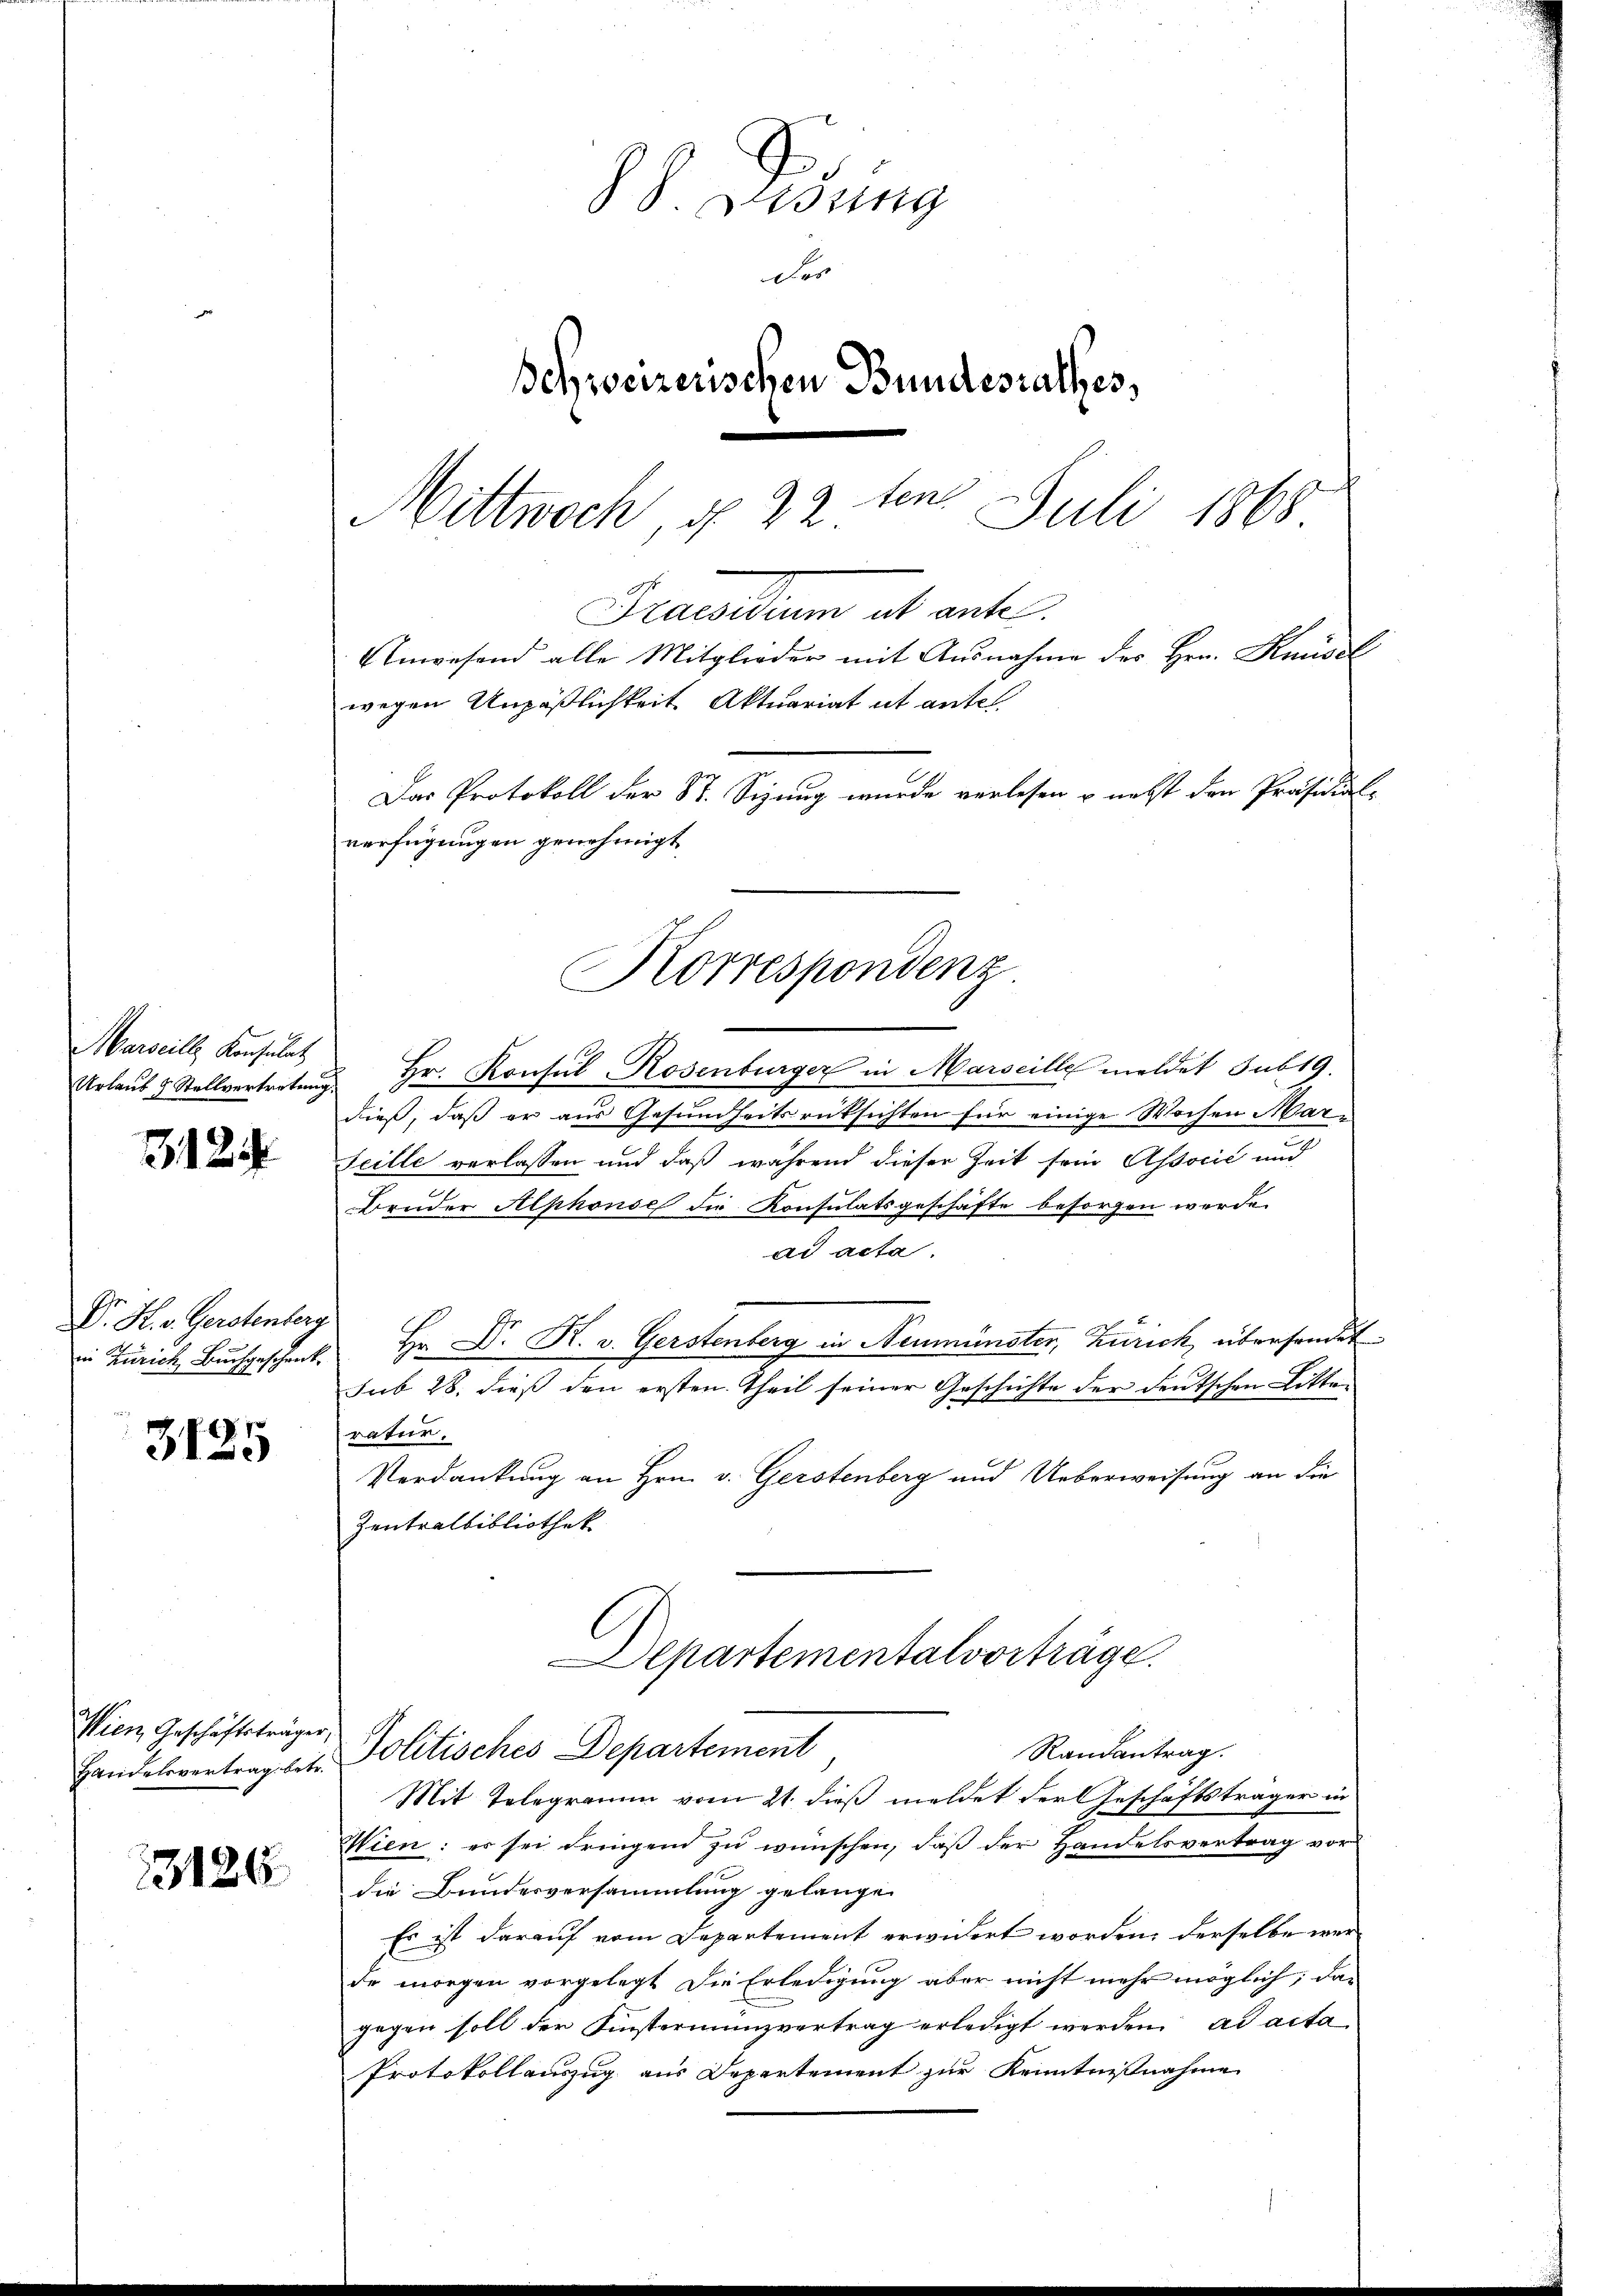
Marseill, Konsulat

3124

V. H. v. Gerstenberg

3125

Wien Geschäftsträger,

13126

G. Gesung
der
Schweizerischen Bundesrathes,
4
2 Juli 1868
Mittwoch, d. 22.

Das Protokoll der St. Sizung wurde verlesen u. nebst den Präsidial-
verfügungen genehmigt
Korrespondenz.

wegen Unpäßlichkeit Aktuariat et antel

Urlaŭb & Stellvertretung Hr. Konsŭl-Rosenburger in Marseille meldet sub 19.
dieß, daß er aus Gesundheitsrücksichten für einige Wochen Mar¬
Seille verlassen und daß während dieser Zeit sein Associć und
Bruder Alphonse die Konsulatsgeschäfte besorgen werde.
ad acta.
in Zürich Buchgeschent. Hr. Dr. R. v. Gerstenberg in Neumünster, Zürich, überhandet
sub 28. dieß den ersten Theil seiner Geschichte der deutschen Litten
ratur.
Verdankung an Hrn. v. Gerstenberg und Ueberweisung an die
Zentralbibliothek
Departementalvorträge.
Randantrag.
Handelsvertragst. Politisches Departement
Mit Telegramm vom 21. dieß meldet der Geschäftsträger in
Wien: es sei dringend zu wünschen, daß der Handelsvertrag vor
die Bundesversammlung gelangen
Es ist darauf vom Departement erwidert worden, derselbe werde morgen vorgelegt die Erledigung aber nicht mehr möglich, das
gegen soll der Finstermünzvertrag erledigt werden ad acta
Protokollauszug aus Departement zur Kenntnißnahme

Harallem alt ante
Unwesend alle Mitglieder mit Ausnahme des Hrn. Knüsel